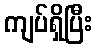
ကျပ်ရှိပြီး